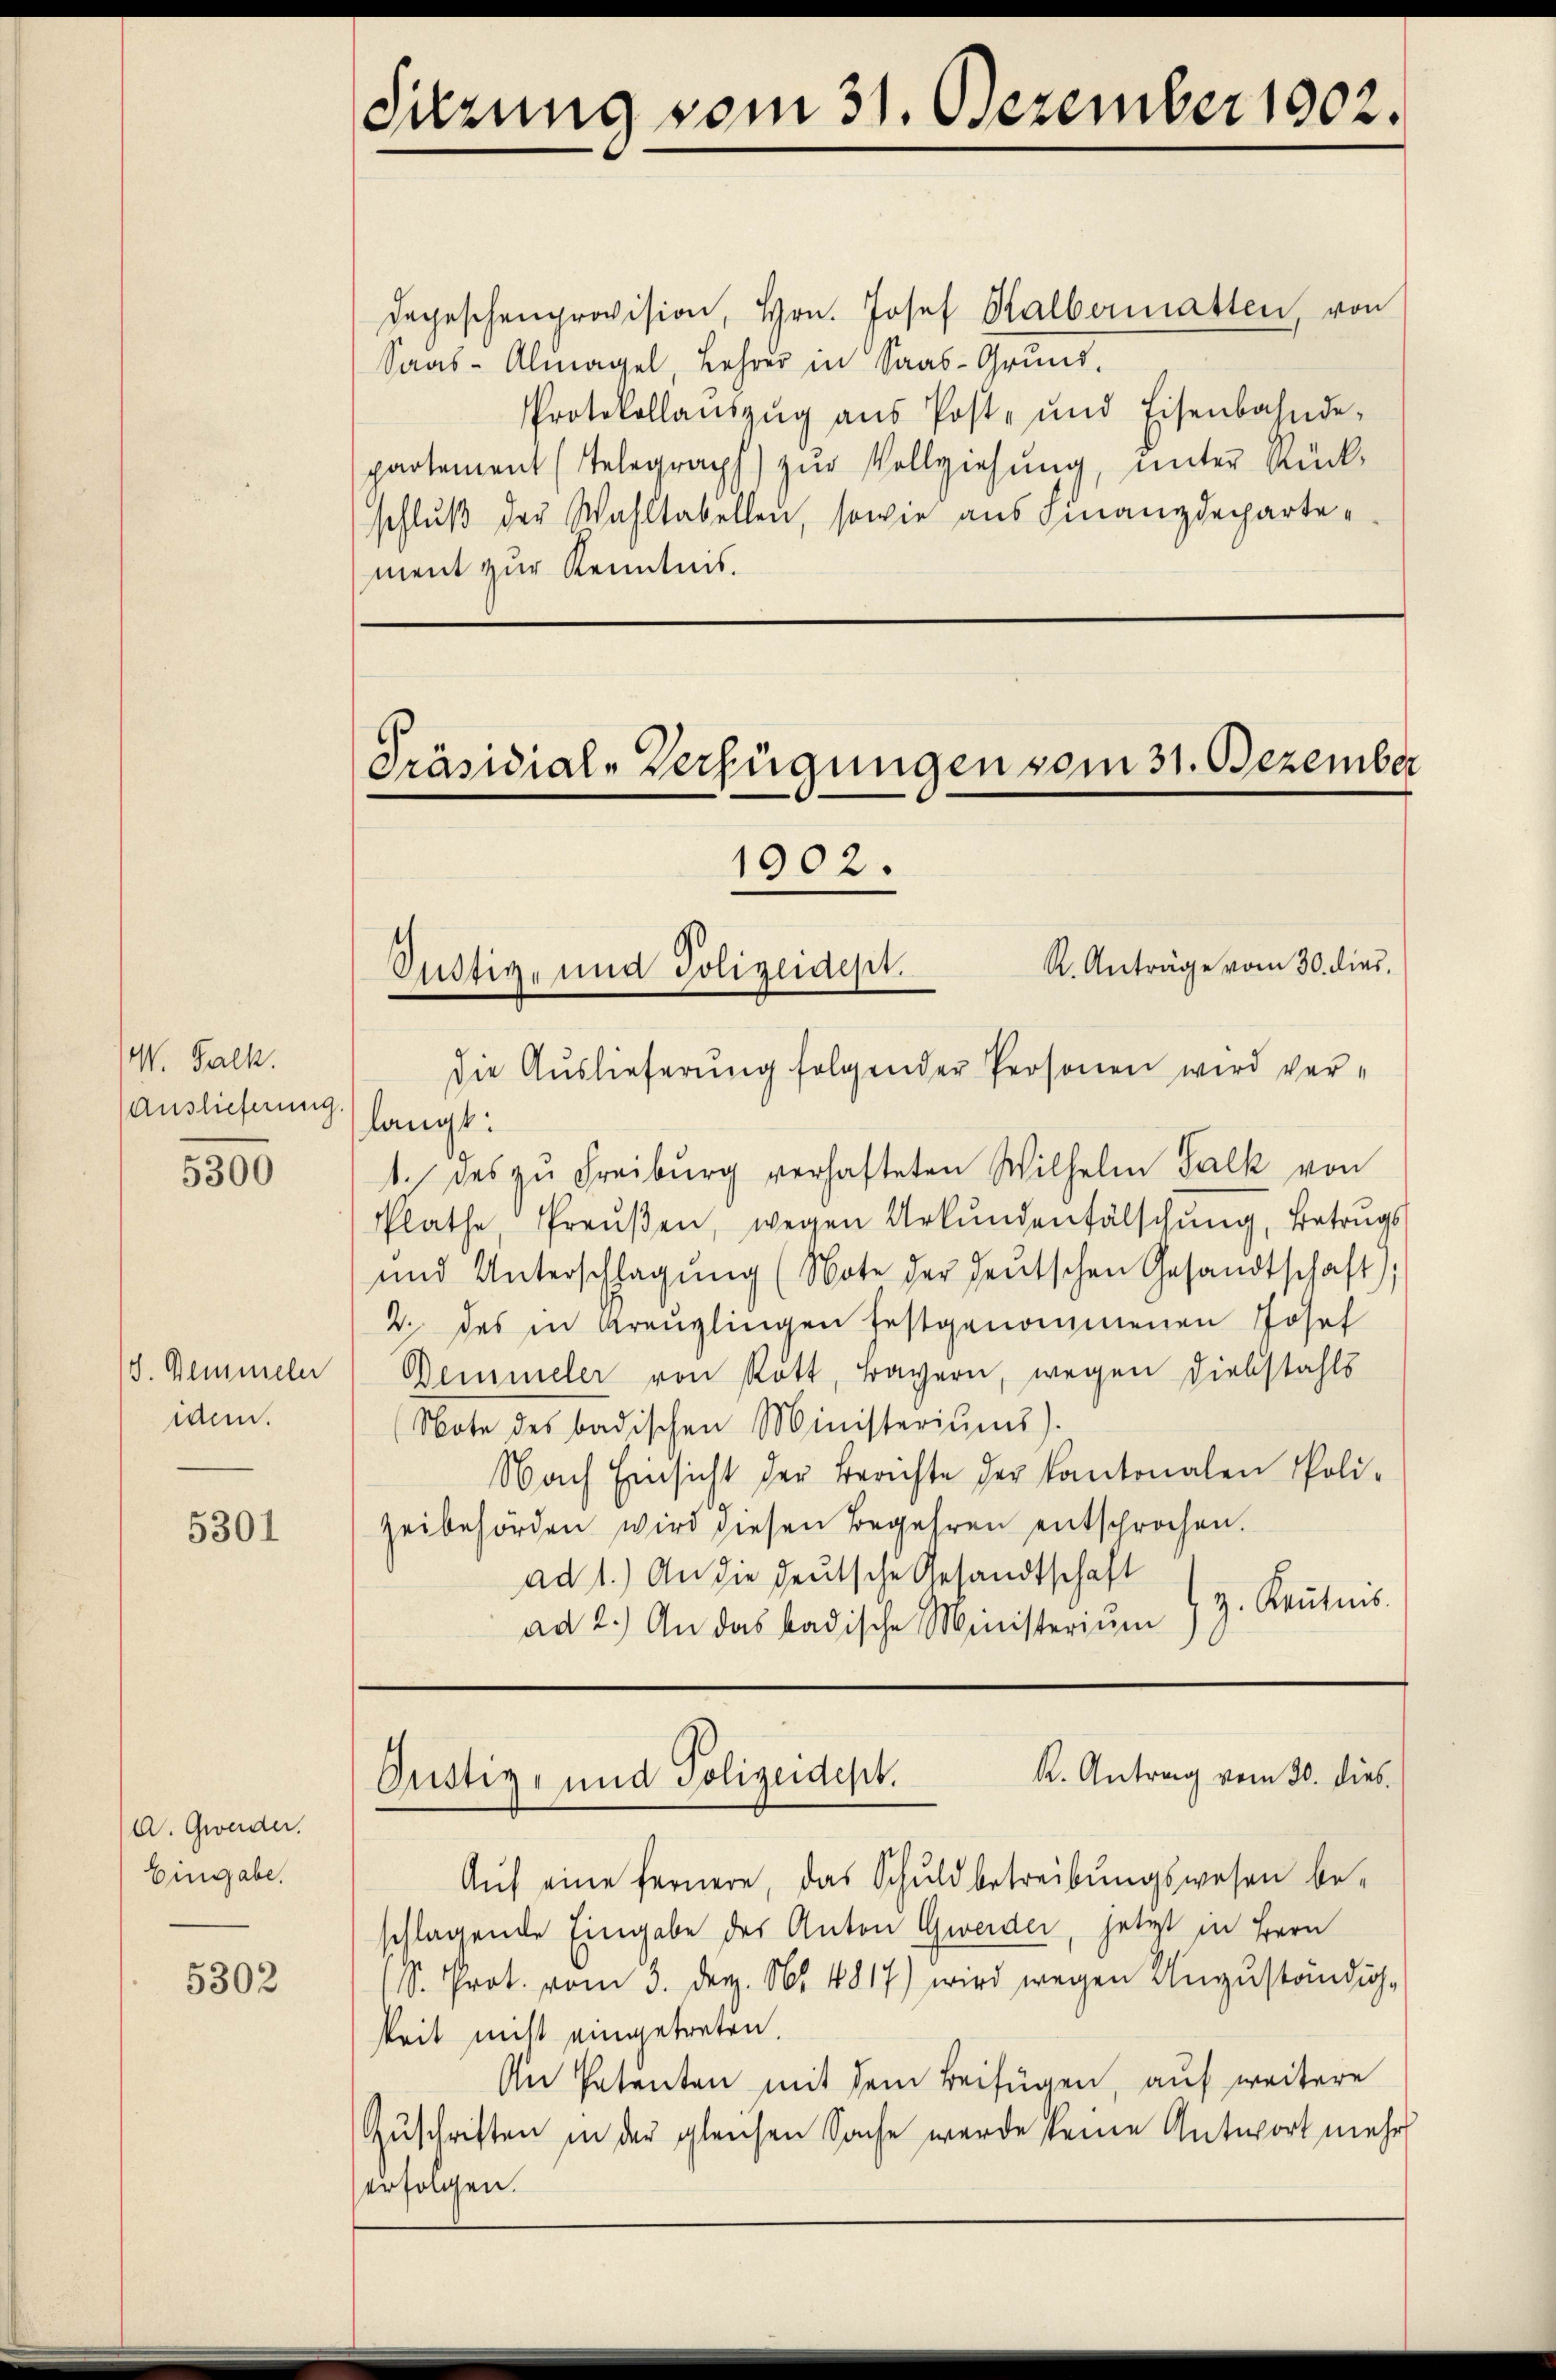
W. Galk.
Auslieferung.

5300

(d. Gemmeln
idem.

5301

A. Gwerder.
Eingabe.

5302

degeschenprovision, Hrn. Josef Halbermatten von
Saas-Almagel, Lehrer in Saas-Grund-
PProtokollaŭszŭg aŭs Post- und Eisenbahnde-
partement (Telegraph) zur Vollziehung, unter Rückschluß der Wahltabellen, sowie aus Finanzdepartement zur Kenntnis.

Sitzung vom 31. Dezember 1902.

Präsidial-Verfügungen vom 31. Dezember

1902.

Justiz- und Polizeidept.
die Auslieferung folgender Personen wird ver¬

Aŭf eine fernere, das Schuldbetreibŭngswesen be-
schlagende Eingabe des Anton Gweider, jetzt in Bern
(S. Prot. vom 3. Dez. Nr. 4817) wird wegen Unzuständig-
keit nicht eingetreten.
An Patenten mit dem Beifügen, auf weitere
Zŭschriften in der gleichen Sache werde keine Antwort mehr
erfolgen.

R. Anträge vom 30. dies
langt:
1. des zŭ Freiburg verhafteten Wilhelm Falk von
Pläthe Preŭβen, wegen Urkundenfälschung, Betrugs
und Unterschlagung (Note der deŭtschen Gesandtschaft),
2. des in Krenzlingen festgenommenen Josef
Demmeler von Rott, Bayern, wegen Diebstahls
Note des badischen Ministeriŭms).
Nach Einsicht der Berichte der Kantonalen Poli-
zeibehörden wird diesen Begehren entsprochen.
ad 1.) An die deutsche Gesandtschaft
ad 2.) An das badische Ministeriŭm 3. Kentnis.

K. Antrag vom 30. dies
Gustiz- und Polizeidept.